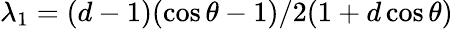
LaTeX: \lambda_{1}=(d-1)(\cos\theta-1)/2(1+d\cos\theta)